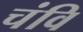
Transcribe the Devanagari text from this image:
चंवि